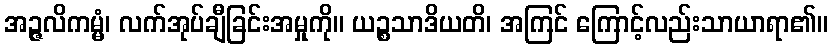
အဉ္ဇလိကမ္မံ၊ လက်အုပ်ချီခြင်းအမှုကို။ ယဉ္စသာဒိယတိ၊ အကြင် ကြောင့်လည်းသာယာရာ၏။